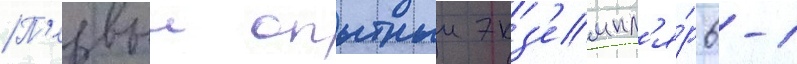
П'ервыи опытныи экз'емпл'я́р 6-1